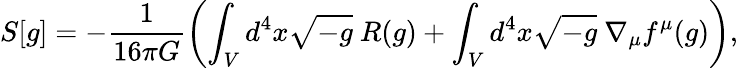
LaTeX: S[g]=-\frac{1}{16\pi G}\left(\int_{V}d^{4}x\sqrt{-g}~R(g)+\int_{V}d^{4}x\sqrt{-g}~\nabla_{\mu}f^{\mu}(g)\right),